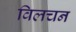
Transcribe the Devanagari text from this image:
विलचन